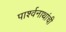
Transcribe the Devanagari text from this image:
पार्श्वनाथांची